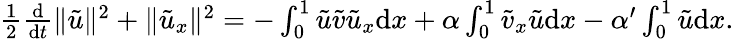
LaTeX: \begin{array}{r}{\frac 12\frac{\mathrm{d}}{\mathrm{d}t}\| {\tilde{u}}\| ^{2}+\| {\tilde{u}}_{x}\| ^{2}=-\int_{0}^{1}{\tilde{u}}{\tilde{v}}{\tilde{u}}_{x}{\mathrm{d}x}+\alpha\int_{0}^{1}{\tilde{v}}_{x}{\tilde{u}}{\mathrm{d}x}-\alpha^{\prime}\int_{0}^{1}{\tilde{u}}{\mathrm{d}x}.}\end{array}